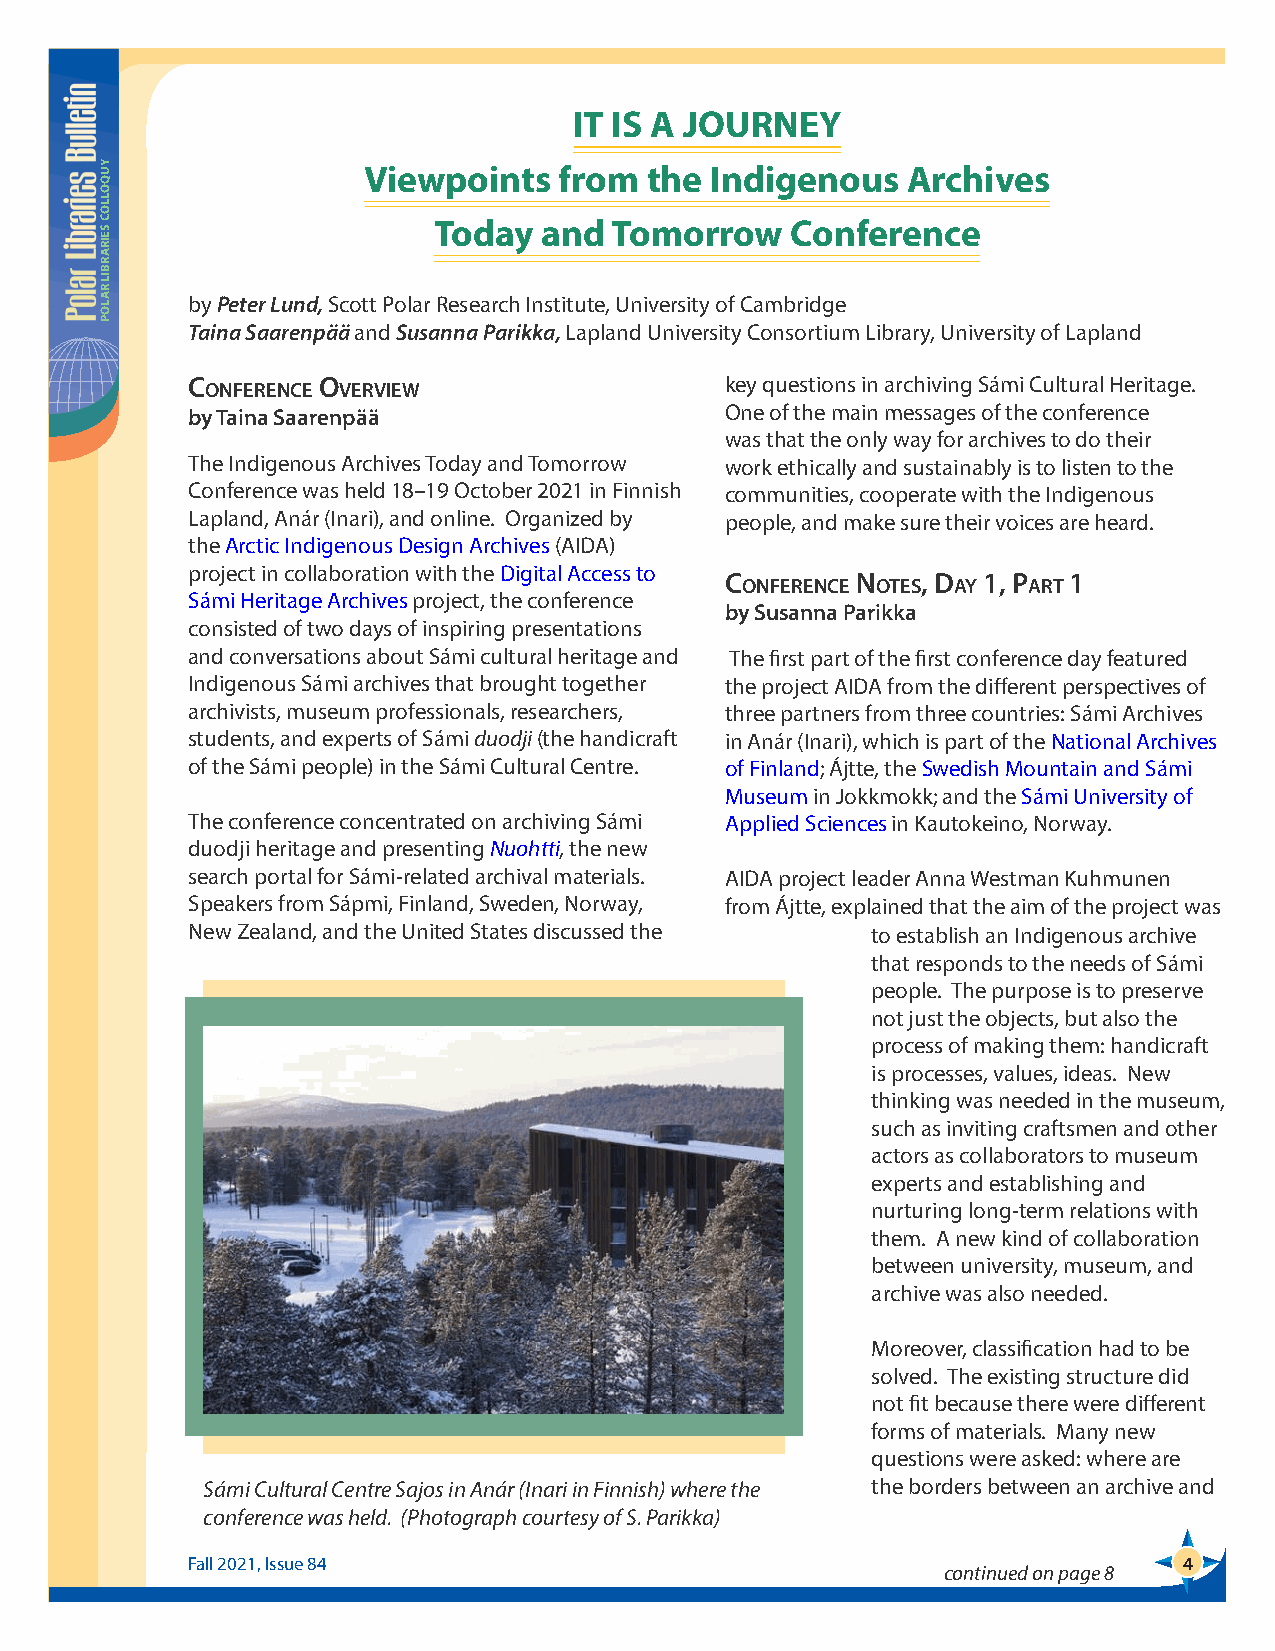
IT IS A JOURNEY
 Viewpoints   from  the Indigenous   Archives
 Today  and  Tomorrow   Conference
 by Peter Lund, Scott Polar Research Institute, University of Cambridge
 Taina Saarenpää and Susanna Parikka, Lapland University Consortium Library, University of Lapland
 C        o                          key questions in archiving Sámi Cultural Heritage.
 onferenCe verview
 by Taina Saarenpää                  One of the main messages of the conference
 was that the only way for archives to do their
 The Indigenous Archives Today and Tomorrow work ethically and sustainably is to listen to the
 Conference was held 18–19 October 2021 in Finnish communities, cooperate with the Indigenous
 Lapland, Anár (Inari), and online. Organized by people, and make sure their voices are heard.
 the Arctic Indigenous Design Archives (AIDA)
 project in collaboration with the Digital Access to
 C        n   , D 1, P  1
 onferenCe otes ay  art
 Sámi Heritage Archives project, the conference
 by Susanna Parikka
 consisted of two days of inspiring presentations
 and conversations about Sámi cultural heritage and The first part of the first conference day featured
 Indigenous Sámi archives that brought together the project AIDA from the different perspectives of
 archivists, museum professionals, researchers, three partners from three countries: Sámi Archives
 students, and experts of Sámi duodji (the handicraft in Anár (Inari), which is part of the National Archives
 of the Sámi people) in the Sámi Cultural Centre. of Finland; Ájtte, the Swedish Mountain and Sámi
 Museum in Jokkmokk; and the Sámi University of
 The conference concentrated on archiving Sámi Applied Sciences in Kautokeino, Norway.
 duodji heritage and presenting Nuohtti, the new
 search portal for Sámi-related archival materials. AIDA project leader Anna Westman Kuhmunen
 Speakers from Sápmi, Finland, Sweden, Norway, from Ájtte, explained that the aim of the project was
 New Zealand, and the United States discussed the to establish an Indigenous archive
 that responds to the needs of Sámi
 people. The purpose is to preserve
 not just the objects, but also the
 process of making them: handicraft
 is processes, values, ideas. New
 thinking was needed in the museum,
 such as inviting craftsmen and other
 actors as collaborators to museum
 experts and establishing and
 nurturing long-term relations with
 them. A new kind of collaboration
 between university, museum, and
 archive was also needed.
 Moreover, classification had to be
 solved. The existing structure did
 not fit because there were different
 forms of materials. Many new
 questions were asked: where are
 Sámi Cultural Centre Sajos in Anár (Inari in Finnish) where the the borders between an archive and
 conference was held. (Photograph courtesy of S. Parikka)
 Fall 2021, Issue 84                                               4
 continued on page 8
 YUQOLLOC
 SEIRARBIL
 RALOP